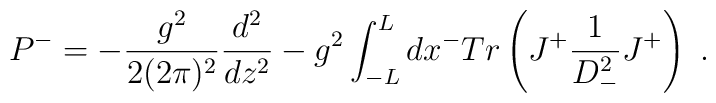
P^- = -{g^2 \over 2(2 \pi )^2} {d^2 \over dz^2} -g^2\int _{-L} ^L dx^- Tr \left( J ^+ {1 \over D_-^2} J^+\right)\; .